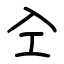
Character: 㒰